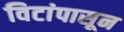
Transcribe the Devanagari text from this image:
विटांपासून